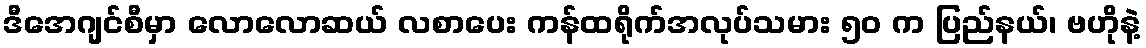
ဒီအေဂျင်စီမှာ လောလောဆယ် လစာပေး ကန်ထရိုက်အလုပ်သမား ၅၀ က ပြည်နယ်၊ ဗဟိုနဲ့